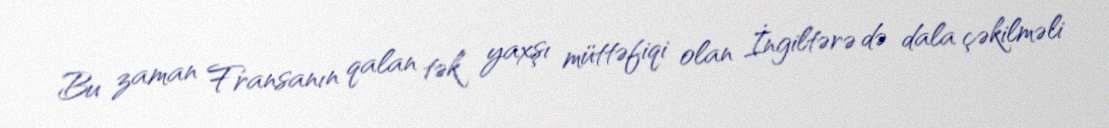
Bu zaman Fransanın qalan tək yaxşı müttəfiqi olan İngiltərə də dala çəkilməli